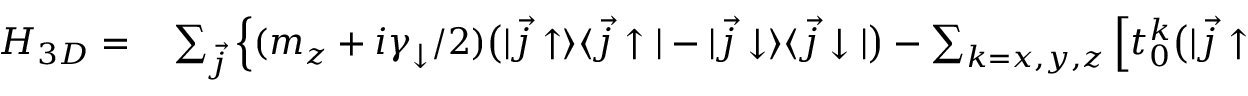
\begin{array} { r l } { H _ { 3 D } = } & { { } \sum _ { \vec { j } } \Big \{ ( m _ { z } + i \gamma _ { \downarrow } / 2 ) \bigr ( | \vec { j } \uparrow \rangle \langle \vec { j } \uparrow | - | \vec { j } \downarrow \rangle \langle \vec { j } \downarrow | \bigr ) - \sum _ { k = x , y , z } \Big [ t _ { 0 } ^ { k } \bigr ( | \vec { j } \uparrow \rangle \langle \vec { j } + \vec { e } _ { k } \uparrow | - e ^ { - i \vec { K } \cdot \vec { e } _ { k } } | \vec { j } \downarrow \rangle \langle \vec { j } + \vec { e } _ { k } \downarrow | \bigr ) \Big ] } \end{array}